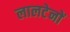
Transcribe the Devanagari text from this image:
लालटेनों